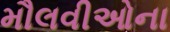
મૌલવીઓના